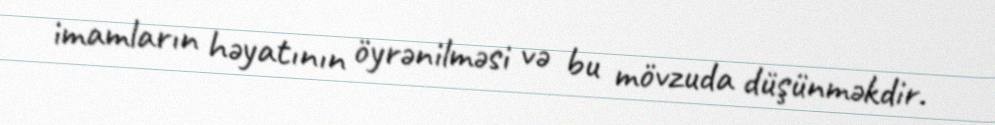
imamların həyatının öyrənilməsi və bu mövzuda düşünməkdir.